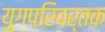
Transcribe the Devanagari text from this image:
युगपरिवर्तक